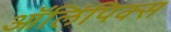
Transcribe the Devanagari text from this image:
ऑलिंपिक्स